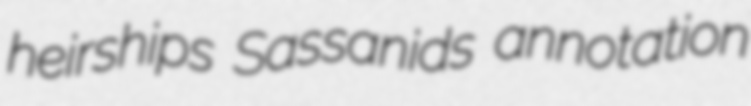
heirships Sassanids annotation